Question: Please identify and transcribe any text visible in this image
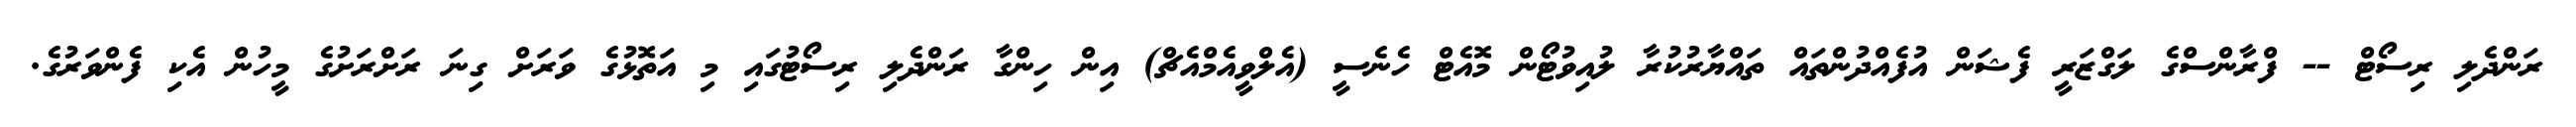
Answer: ރަންދެލި ރިސޯޓް -- ފްރާންސްގެ ލަގްޒަރީ ފެޝަން އުފެއްދުންތައް ތައްޔާރުކުރާ ލުއިވުޓޯން މޮއެޓް ހެނެސީ (އެލްވީއެމްއެޗް) އިން ހިންގާ ރަންދެލި ރިސޯޓުގައި މި އަތޮޅުގެ ވަރަށް ގިނަ ރަށްރަށުގެ މީހުން އެކި ފެންވަރުގެ.